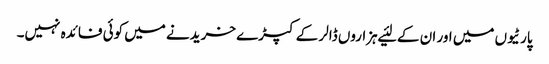
پارٹیوں میں اور ان کے لئیے ہزاروں ڈالر کے کپڑے خریدنے میں کوئی فائدہ نہیں۔